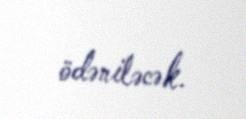
ödəniləcək.